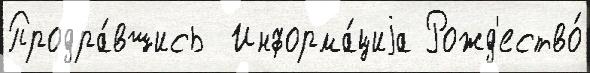
Продра́вшись  Информа́циjа Рожд'ество́